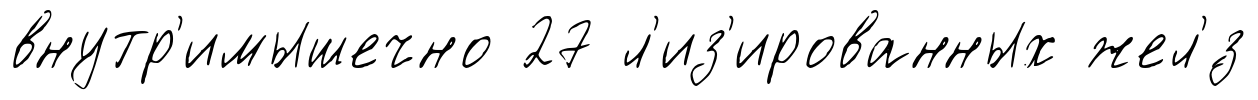
внутр'имышечно 27 л'из'ированных жел'́з